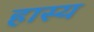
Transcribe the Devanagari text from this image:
हास्‍य